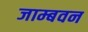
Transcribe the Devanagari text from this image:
जाम्बवन